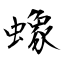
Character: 蟓